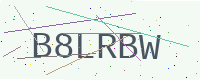
Text: B8LRBW